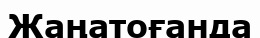
Жаңатоғанда